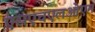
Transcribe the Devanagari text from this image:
एसएचएलओएम